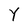
Character: Y